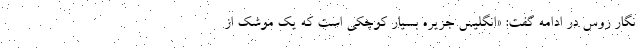
نگار روس در ادامه گفت: «انگلیس جزیره بسیار کوچکی است که یک موشک از